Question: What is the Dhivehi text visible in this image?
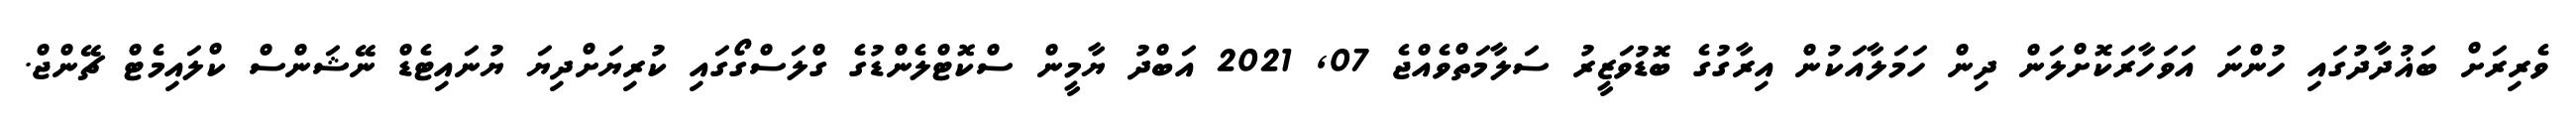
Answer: ވެރިރަށް ބަޣުދާދުގައި ހުންނަ އަވަހާރަކޮށްލަން ދިން ހަމަލާއަކުން އިރާގުގެ ބޮޑުވަޒީރު ސަލާމަތްވެއްޖެ 07, 2021 އަބްދު ޔާމީން ސްކޮޓްލެންޑުގެ ގްލަސްގޯގައި ކުރިޔަށްދިޔަ ޔުނައިޓެޑް ނޭޝަންސް ކްލައިމެޓް ޗޭންޖް.